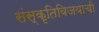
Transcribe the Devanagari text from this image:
संस्कृतिविजयाची